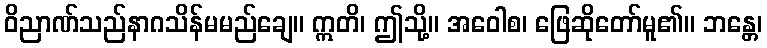
ဝိညာဏ်သည်နာဂသိန်မမည်ချေ။ ဣတိ၊ ဤသို့။ အဝေါစ၊ ဖြေဆိုတော်မူ၏။ ဘန္တေ၊